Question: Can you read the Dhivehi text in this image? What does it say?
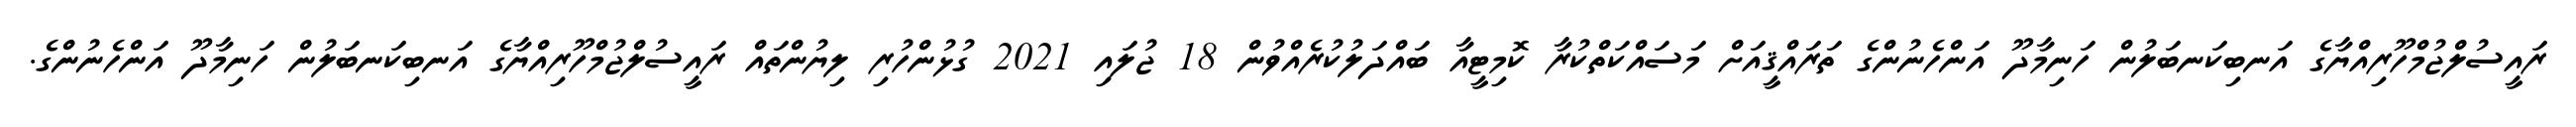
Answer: ރައީސުލްޖުމްހޫރިއްޔާގެ އަނބިކަނބަލުން ހަނިމާދޫ އަންހެނުންގެ ތަރައްޤީއަށް މަސައްކަތްކުރާ ކޮމިޓީއާ ބައްދަލުކުރެއްވުން 18 ޖުލައި 2021 ގުޅުންހުރި ލިޔުންތައް ރައީސުލްޖުމްހޫރިއްޔާގެ އަނބިކަނބަލުން ހަނިމާދޫ އަންހެނުންގެ.